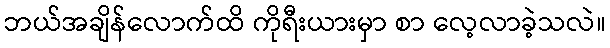
ဘယ်အချိန်လောက်ထိ ကိုရီးယားမှာ စာ လေ့လာခဲ့သလဲ။